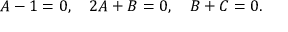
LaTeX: A - 1 = 0 , \quad 2 A + B = 0 , \quad B + C = 0 .